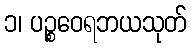
၁၊ ပဉ္စဝေရဘယသုတ်